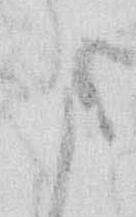
ま